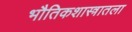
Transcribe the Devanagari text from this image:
भौतिकशास्त्रातला